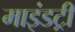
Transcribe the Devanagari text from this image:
माइंडट्री